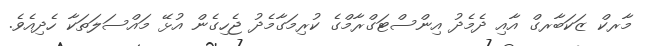
މާރކް ޒަކަބާރގް އާއި ދެމެދު އިންސްޓަގްރާމްގެ ކުރިމަގާމެދު ޖެހިގެން އުޅޭ މައްސަލަތަކާ ހެދިއެވެ.